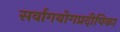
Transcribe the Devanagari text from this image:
सर्वांगयोगप्रदीपिका